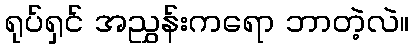
ရုပ်ရှင် အညွှန်းကရော ဘာတဲ့လဲ။